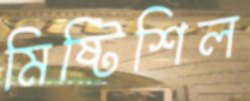
মিষ্টিশিল